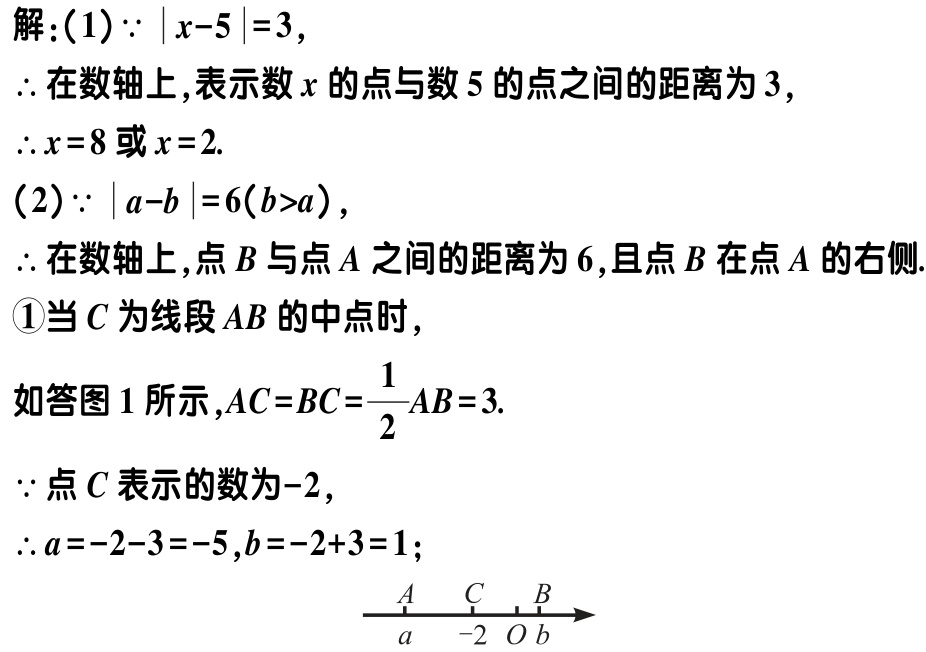
解：(1) \(\because |x - 5| = 3\)，
\(\therefore\)在数轴上，表示数\(x\)的点与数\(5\)的点之间的距离为\(3\)，
\(\therefore x = 8\)或\(x = 2\).
(2) \(\because |a - b| = 6(b > a)\)，
\(\therefore\)在数轴上，点\(B\)与点\(A\)之间的距离为\(6\)，且点\(B\)在点\(A\)的右侧.
\textcircled{1}当\(C\)为线段\(AB\)的中点时，
如答图1所示，\(AC = BC=\dfrac{1}{2}AB = 3\).
\(\because\)点\(C\)表示的数为\(-2\)，
\(\therefore a = -2 - 3 = -5\)，\(b = -2 + 3 = 1\)；
![数轴图](数轴上依次有点\(A\)，\(C\)，\(B\)，\(C\)对应\(-2\)，\(A\)对应\(a\)，\(B\)对应\(b\)，箭头向右)